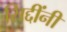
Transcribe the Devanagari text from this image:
सिद्दींनी